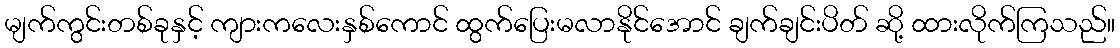
မျက်ကွင်းတစ်ခုနှင့် ကျားကလေးနှစ်ကောင် ထွက်ပြေးမလာနိုင်အောင် ချက်ချင်းပိတ် ဆို့ ထားလိုက်ကြသည်။